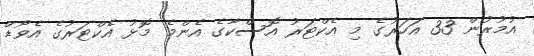
އުމުރުން 33 އަހަރުގެ މި އެކްޓަރު އޮސްކާގެ އެންމެ މޮޅު އެކްޓަރުގެ އެވޯޑް